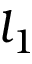
l _ { 1 }